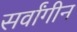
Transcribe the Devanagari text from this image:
सर्वांगीन